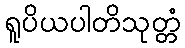
ရူပိယပါတိသုတ္တံ